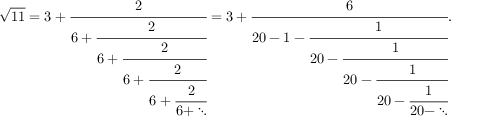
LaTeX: { \sqrt { 1 1 } } = 3 + { \cfrac { 2 } { 6 + { \cfrac { 2 } { 6 + { \cfrac { 2 } { 6 + { \cfrac { 2 } { 6 + { \cfrac { 2 } { 6 + \ddots } } } } } } } } } } = 3 + { \cfrac { 6 } { 2 0 - 1 - { \cfrac { 1 } { 2 0 - { \cfrac { 1 } { 2 0 - { \cfrac { 1 } { 2 0 - { \cfrac { 1 } { 2 0 - \ddots } } } } } } } } } } .